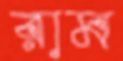
রাম